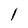
Character: l